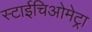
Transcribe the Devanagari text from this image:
स्टाईचिओमेट्रा